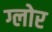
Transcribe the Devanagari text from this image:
ग्लोर